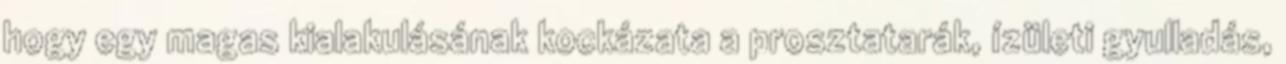
hogy egy magas kialakulásának kockázata a prosztatarák, ízületi gyulladás,